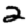
Digit: 2